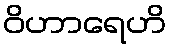
ဝိဟာရေဟိ